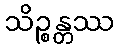
သိဉ္စန္တဿ